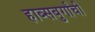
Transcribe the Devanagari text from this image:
हाब्सबुर्गांची